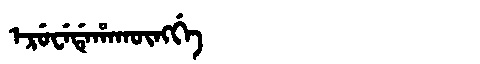
Manchu: ᡝᡵᡠᠸᡝᡩᡝᡥᠠᡴᡡᠩᡤᡝ
Romanization: ERUWEDEHAKŪNGGE